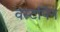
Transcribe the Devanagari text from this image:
वर्स्टापेन